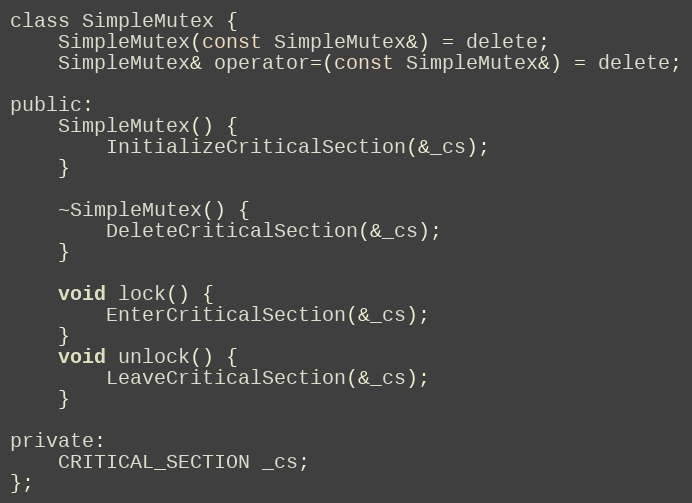
Language: C
class SimpleMutex {
    SimpleMutex(const SimpleMutex&) = delete;
    SimpleMutex& operator=(const SimpleMutex&) = delete;

public:
    SimpleMutex() {
        InitializeCriticalSection(&_cs);
    }

    ~SimpleMutex() {
        DeleteCriticalSection(&_cs);
    }

    void lock() {
        EnterCriticalSection(&_cs);
    }
    void unlock() {
        LeaveCriticalSection(&_cs);
    }

private:
    CRITICAL_SECTION _cs;
};